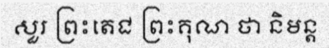
សួរ ព្រះតេជ ព្រះគុណ ថា និមន្ត